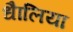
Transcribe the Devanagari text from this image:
धैालिया